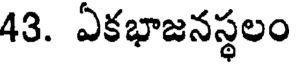
43. ఏకభాజనస్థలం